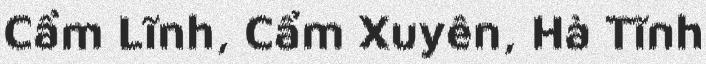
Cẩm Lĩnh, Cẩm Xuyên, Hà Tĩnh